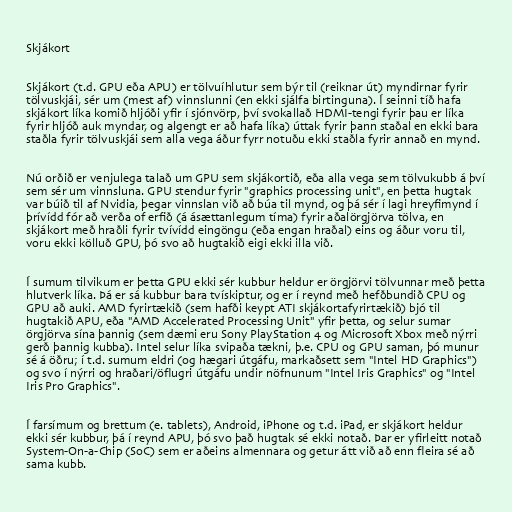
Skjákort

Skjákort (t.d. GPU eða APU) er tölvuíhlutur sem býr til (reiknar út) myndirnar fyrir
tölvuskjái, sér um (mest af) vinnslunni (en ekki sjálfa birtinguna). Í seinni tíð hafa
skjákort líka komið hljóði yfir í sjónvörp, því svokallað HDMI-tengi fyrir þau er líka
fyrir hljóð auk myndar, og algengt er að hafa líka) úttak fyrir þann staðal en ekki bara
staðla fyrir tölvuskjái sem alla vega áður fyrr notuðu ekki staðla fyrir annað en mynd.

Nú orðið er venjulega talað um GPU sem skjákortið, eða alla vega sem tölvukubb á því
sem sér um vinnsluna. GPU stendur fyrir "graphics processing unit", en þetta hugtak
var búið til af Nvidia, þegar vinnslan við að búa til mynd, og þá sér í lagi hreyfimynd í
þrívídd fór að verða of erfið (á ásættanlegum tíma) fyrir aðalörgjörva tölva, en
skjákort með hraðli fyrir tvívídd eingöngu (eða engan hraðal) eins og áður voru til,
voru ekki kölluð GPU, þó svo að hugtakið eigi ekki illa við.

Í sumum tilvikum er þetta GPU ekki sér kubbur heldur er örgjörvi tölvunnar með þetta
hlutverk líka. Þá er sá kubbur bara tvískiptur, og er í reynd með hefðbundið CPU og
GPU að auki. AMD fyrirtækið (sem hafði keypt ATI skjákortafyrirtækið) bjó til
hugtakið APU, eða "AMD Accelerated Processing Unit" yfir þetta, og selur sumar
örgjörva sína þannig (sem dæmi eru Sony PlayStation 4 og Microsoft Xbox með nýrri
gerð þannig kubba). Intel selur líka svipaða tækni, þ.e. CPU og GPU saman, þó munur
sé á öðru; í t.d. sumum eldri (og hægari útgáfu, markaðsett sem "Intel HD Graphics")
og svo í nýrri og hraðari/öflugri útgáfu undir nöfnunum "Intel Iris Graphics" og "Intel
Iris Pro Graphics".

Í farsímum og brettum (e. tablets), Android, iPhone og t.d. iPad, er skjákort heldur
ekki sér kubbur, þá í reynd APU, þó svo það hugtak sé ekki notað. Þar er yfirleitt notað
System-On-a-Chip (SoC) sem er aðeins almennara og getur átt við að enn fleira sé að
sama kubb.